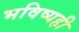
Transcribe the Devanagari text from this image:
भविष्यही